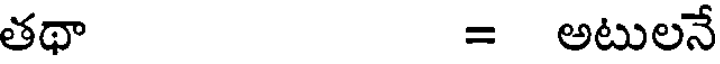
తథా = అటులనే